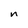
Character: n